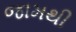
જામથી